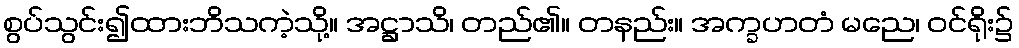
စွပ်သွင်း၍ထားဘိသကဲ့သို့။ အဋ္ဌာသိ၊ တည်၏။ တနည်း။ အက္ခဟတံ မညေ၊ ဝင်ရိုး၌